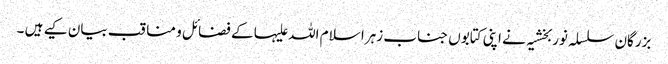
بزرگان سلسلہ نوربخشیہ نے اپنی کتابوں جناب زہرا سلام اللہ علیہا کے فضائل و مناقب بیان کیے ہیں ۔